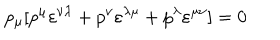
p _ { \mu } [ p ^ { \mu } \varepsilon ^ { \nu \lambda } + p ^ { \nu } \varepsilon ^ { \lambda \mu } + p ^ { \lambda } \varepsilon ^ { \mu \nu } ] = 0